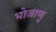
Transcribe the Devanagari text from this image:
भोजाणु